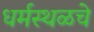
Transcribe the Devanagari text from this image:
धर्मस्थळचे